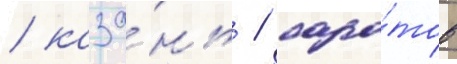
/ каза́нь / сара́тов